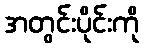
အတွင်းပိုင်းကို